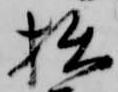
拙